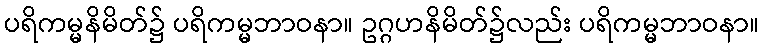
ပရိကမ္မနိမိတ်၌ ပရိကမ္မဘာဝနာ။ ဥဂ္ဂဟနိမိတ်၌လည်း ပရိကမ္မဘာဝနာ။